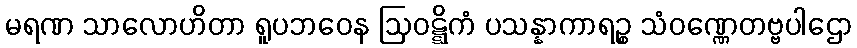
မရဏ သာလောဟိတာ ရူပဘဝေန ဩဝဋ္ဋိကံ ပသန္နာကာရဉ္စ သံဝဏ္ဏေတဗ္ဗပါဌော